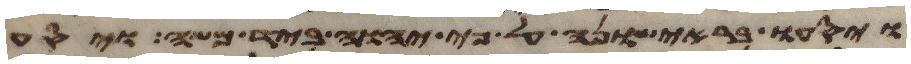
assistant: ויסעו בראישונה על פי יהוה ביד משה ויסע